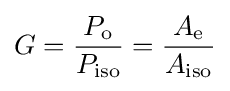
G={\frac {P_{\text{o}}}{P_{\text{iso}}}}={\frac {A_{\text{e}}}{A_{\text{iso}}}}